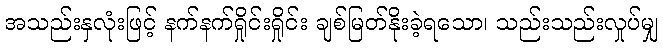
အသည်းနှလုံးဖြင့် နက်နက်ရှိုင်းရှိုင်း ချစ်မြတ်နိုးခဲ့ရသော၊ သည်းသည်းလှုပ်မျှ